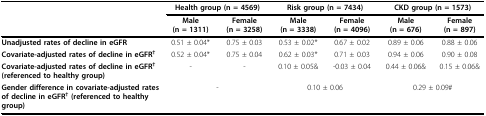
<table><thead><tr><td></td><td colspan="2"><b>Health group (n = 4569)</b></td><td colspan="2"><b>Risk group (n = 7434)</b></td><td colspan="2"><b>CKD group (n = 1573)</b></td></tr><tr><td></td><td><b>Male(n = 1311)</b></td><td><b>Female(n = 3258)</b></td><td><b>Male(n = 3338)</b></td><td><b>Female(n = 4096)</b></td><td><b>Male(n = 676)</b></td><td><b>Female(n = 897)</b></td></tr></thead><tbody><tr><td><b>Unadjusted rates of decline in eGFR</b></td><td>0.51 ± 0.04*</td><td>0.75 ± 0.03</td><td>0.53 ± 0.02*</td><td>0.67 ± 0.02</td><td>0.89 ± 0.06</td><td>0.88 ± 0.06</td></tr><tr><td><b>Covariate-adjusted rates of decline in eGFR<sup>†</sup></b></td><td>0.52 ± 0.04*</td><td>0.75 ± 0.04</td><td>0.62 ± 0.03*</td><td>0.71 ± 0.03</td><td>0.94 ± 0.06</td><td>0.90 ± 0.08</td></tr><tr><td><b>Covariate-adjusted rates of decline in eGFR<sup>† </sup>(referenced to healthy group)</b></td><td>-</td><td>-</td><td>0.10 ± 0.05&amp;</td><td>-0.03 ± 0.04</td><td>0.44 ± 0.06&amp;</td><td>0.15 ± 0.06&amp;</td></tr><tr><td><b>Gender difference in covariate-adjusted rates of decline in eGFR<sup>† </sup>(referenced to healthy group)</b></td><td colspan="2">-</td><td colspan="2">0.10 ± 0.06</td><td colspan="2">0.29 ± 0.09#</td></tr></tbody></table>